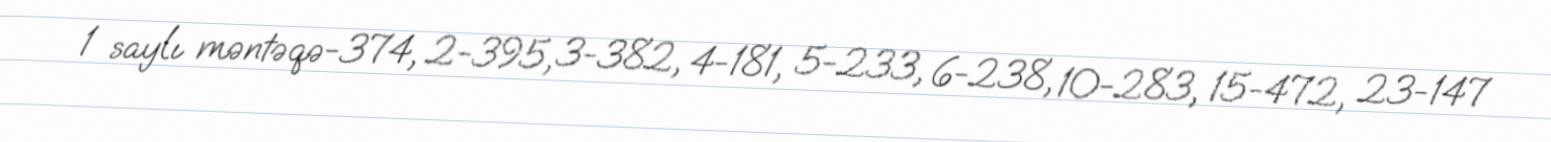
1 saylı məntəqə-374, 2-395, 3-382, 4-181, 5-233, 6-238, 10-283, 15-472, 23-147